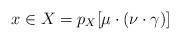
LaTeX: \begin{align*}x \in X = p_X[\mu \cdot (\nu \cdot \gamma)]\end{align*}